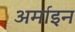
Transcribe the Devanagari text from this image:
अर्माइन